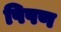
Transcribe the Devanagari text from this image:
पिषण